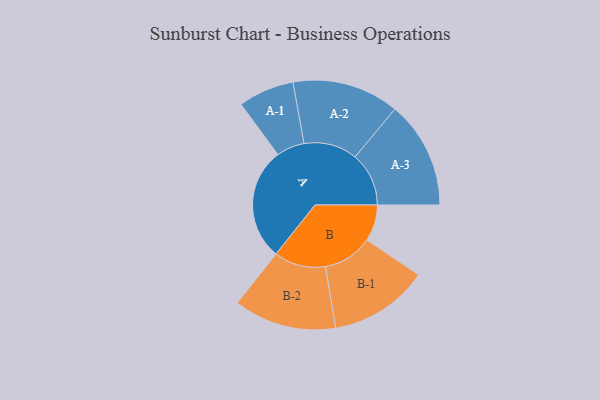
{"axis": {"x": "Segment", "y": "Value"}, "legend": ["", "A", "B"], "data": [{"x": "A", "y": 446, "type": ""}, {"x": "B", "y": 144, "type": ""}, {"x": "A-1", "y": 111, "type": "A"}, {"x": "A-2", "y": 212, "type": "A"}, {"x": "A-3", "y": 213, "type": "A"}, {"x": "B-1", "y": 197, "type": "B"}, {"x": "B-2", "y": 204, "type": "B"}]}